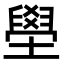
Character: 壆